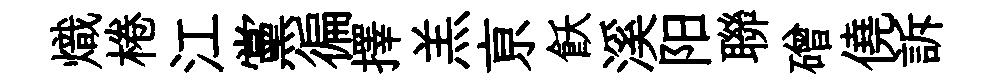
熾棬江黨徧擇羔亰飫溪阳聯磳僥訴